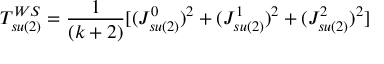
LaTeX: T _ { s u ( 2 ) } ^ { W S } = { \frac { 1 } { ( k + 2 ) } } [ ( J _ { s u ( 2 ) } ^ { 0 } ) ^ { 2 } + ( J _ { s u ( 2 ) } ^ { 1 } ) ^ { 2 } + ( J _ { s u ( 2 ) } ^ { 2 } ) ^ { 2 } ]